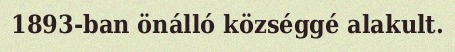
1893-ban önálló községgé alakult.